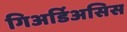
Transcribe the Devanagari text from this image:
गिअर्डिअसिस